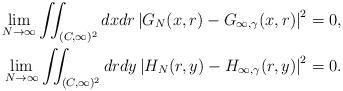
LaTeX: \begin{align*} \lim_{N \to \infty} \iint_{(C, \infty)^2} dx dr \left\lvert G_N(x, r) - G_{\infty, \gamma}(x, r) \right\rvert^2 = {}& 0, \\ \lim_{N \to \infty} \iint_{(C, \infty)^2} dr dy \left\lvert H_N(r, y) - H_{\infty, \gamma}(r, y) \right\rvert^2 = {}& 0. \end{align*}